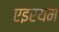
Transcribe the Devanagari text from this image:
एइरयम